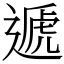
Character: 遞